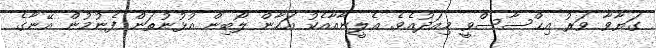
ގަޔާވާ ވަރު އިޙްސާސްވީ މިއަދުއެވެ. އެލީނާއާއެކު އަހާން ލޯބިން އުޅުނުތަން ފެނުމުން އޭނާގެ